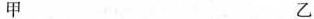
甲 乙